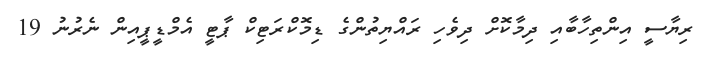
ރިޔާސީ އިންތިހާބާއި ދިމާކޮށް ދިވެހި ރައްޔިތުންގެ ޑިމޮކްރަޓިކް ޕާޓީ އެމްޑީޕީއިން ނެރުނު 19